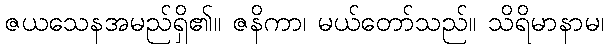
ဇယသေနအမည်ရှိ၏။ ဇနိကာ၊ မယ်တော်သည်။ သိရိမာနာမ၊